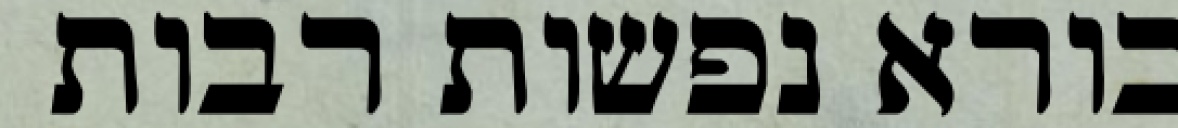
בורא נפשות רבות